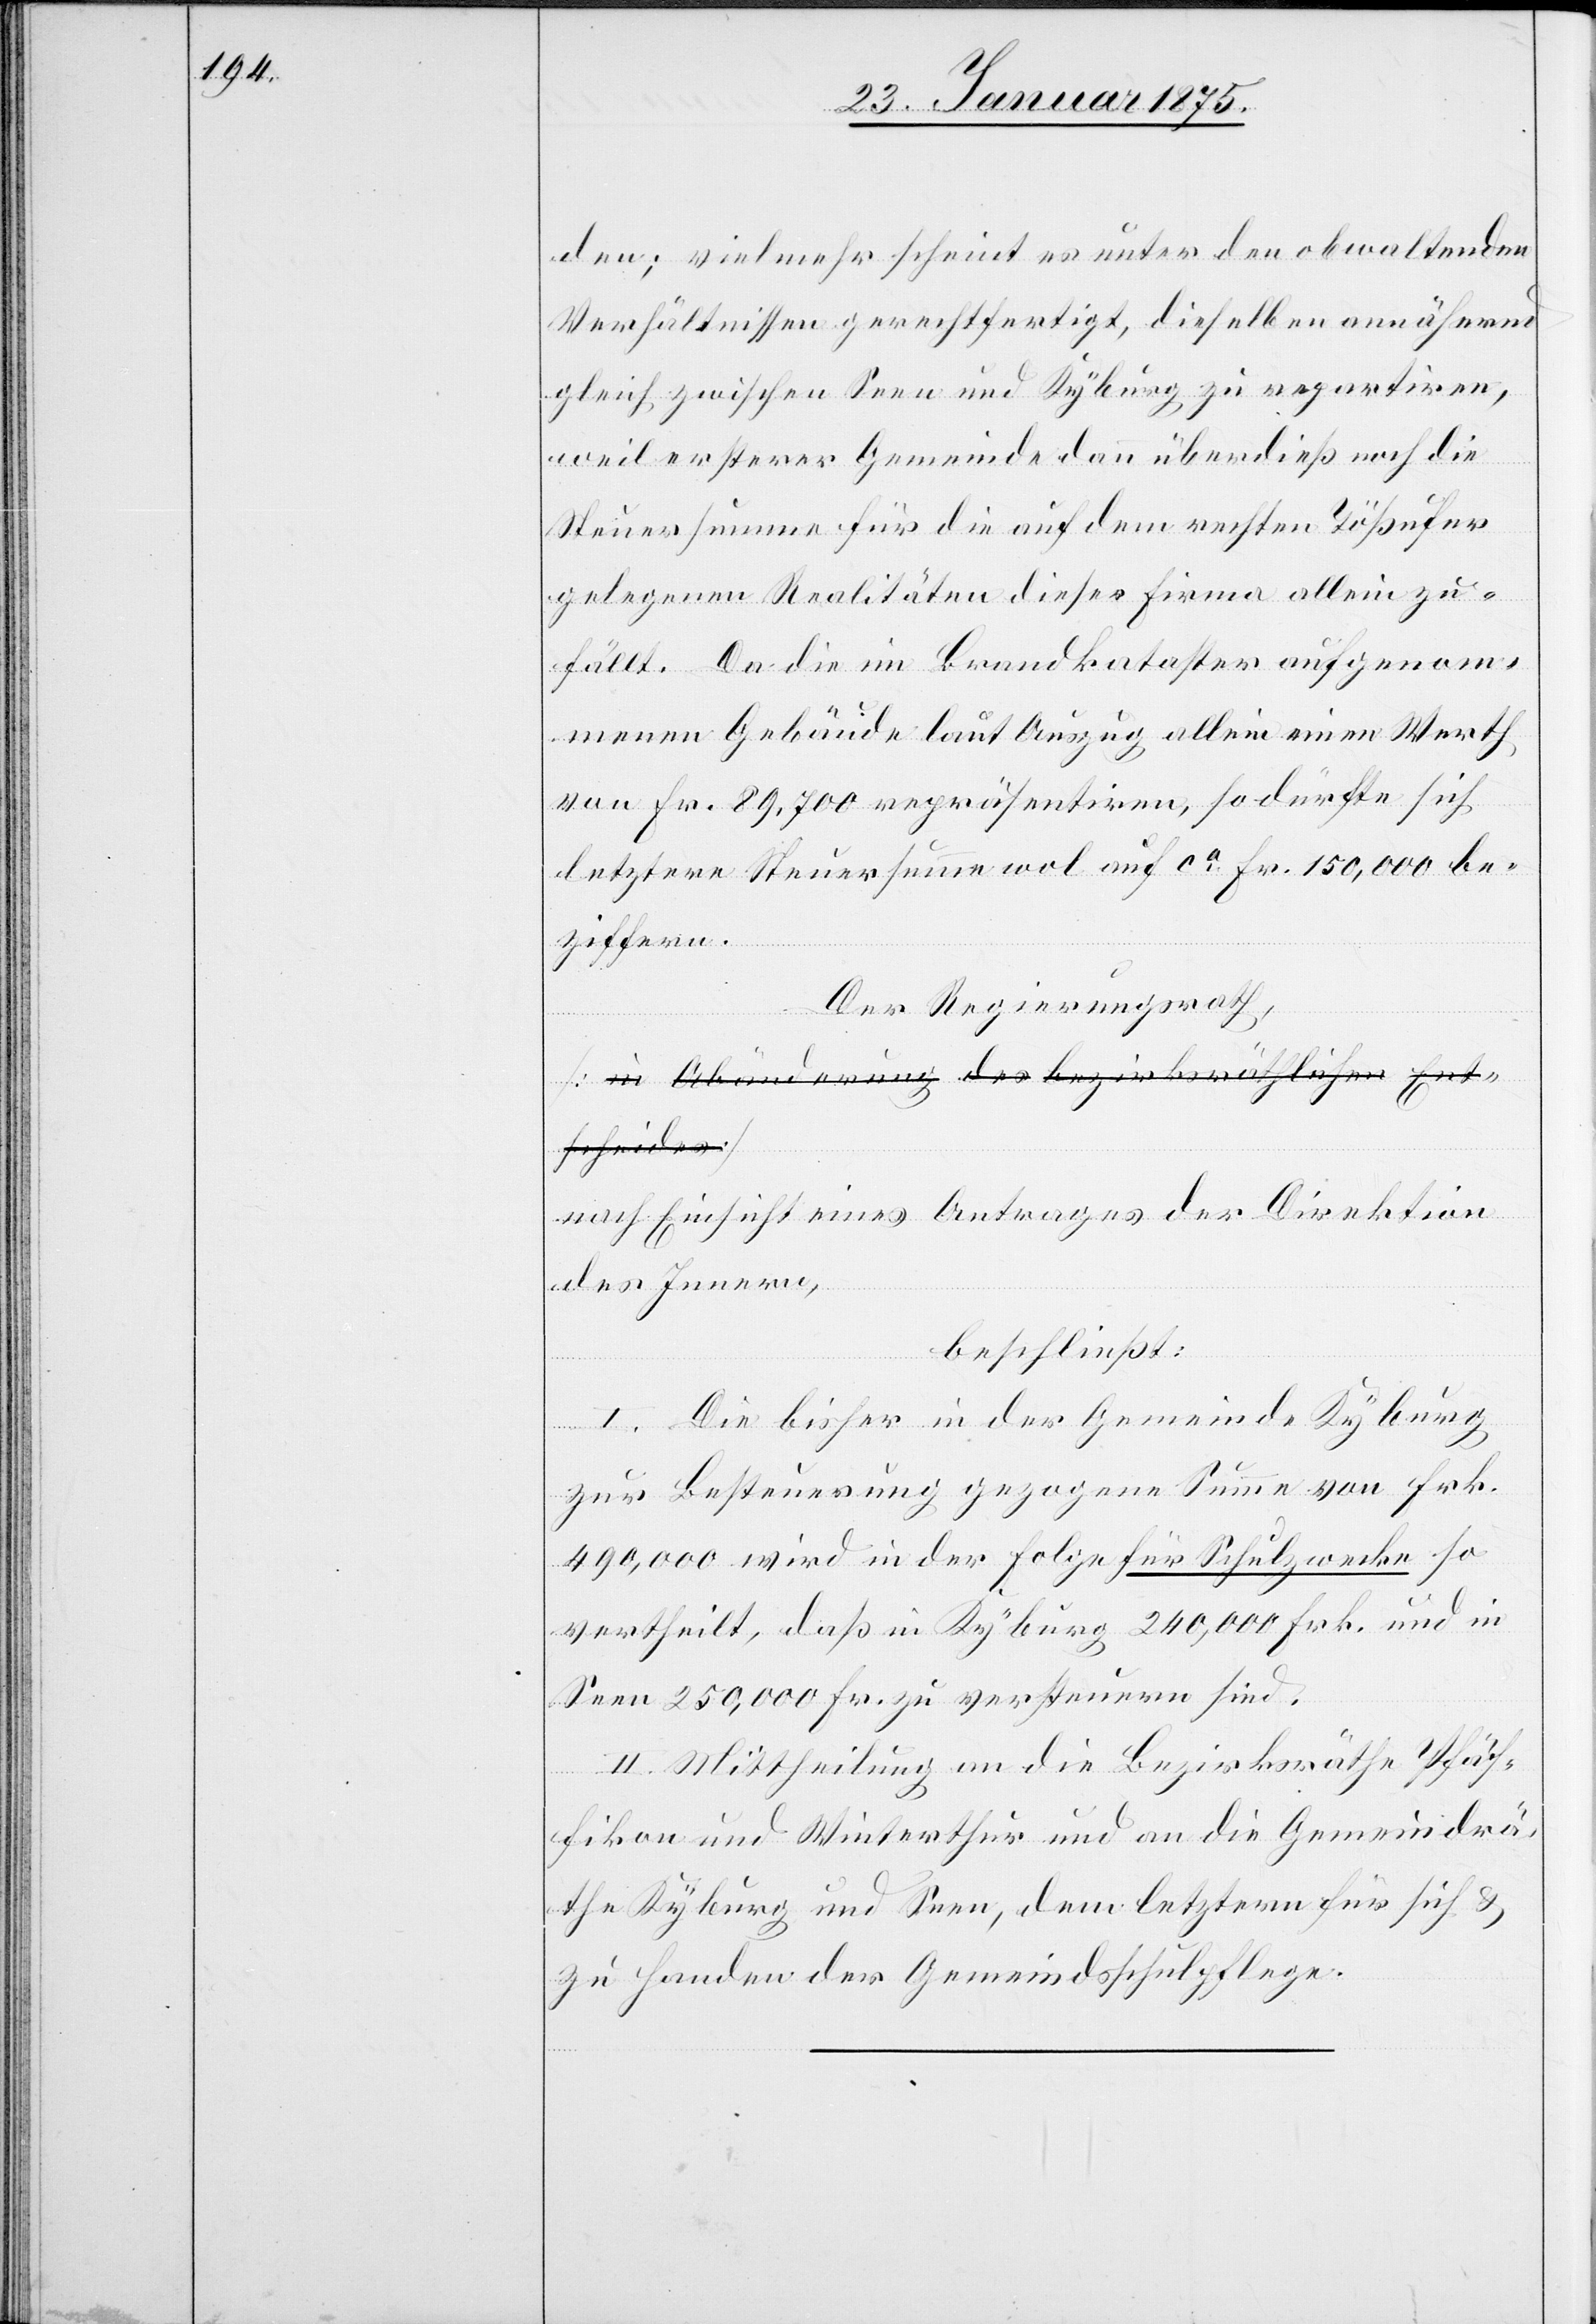
den; vielmehr scheint es unter den obwaltenden
Verhältnissen gerechtfertigt, dieselben annähernd
gleich zwischen Seen und Kyburg zu repartiren,
weil ersterer Gemeinde dann überdieß noch die
Steuersumme für die auf dem rechten Tößufer
gelegenen Realitäten dieser Firma allein zu¬
fällt. Da die im Brandkataster aufgenom¬
menen Gebäude laut Auszug allein einen Werth
von Fr. 89,700 repräsentiren, so dürfte sich
letztere Steuersumme wol auf ca Fr. 150,000 be¬
ziffern.
Der Regierungsrath,
[a-in Abänderung des bezirksräthlichen Ent¬
scheides-a]
nach Einsicht eines Antrages der Direktion
des Innern,
beschließt:
I. Die bisher in der Gemeinde Kyburg
zur Besteuerung gezogene Summe von Frk.
490,000 wird in der Folge für Schulzwecke so
vertheilt, daß in Kyburg 240,000 Frk. und in
Seen 250,000 Fr. zu versteuern sind.
II. Mittheilung an die Bezirksräthe Pfäf¬
fikon und Winterthur und an die Gemeindrä¬
the Kyburg und Seen, dem letztern für sich &
zu Handen der Gemeindsschulpflege.